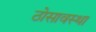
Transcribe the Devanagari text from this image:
ठोसावस्था